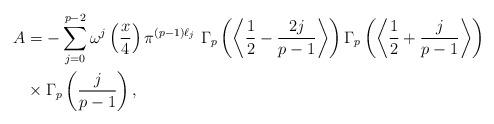
LaTeX: \begin{align*}A&=-\sum_{j=0}^{p-2}\omega^j\left(\frac{x}{4}\right)\pi^{(p-1)\ell_j}~\Gamma_p\left(\left\langle\frac{1}{2}-\frac{2j}{p-1}\right\rangle\right)\Gamma_p\left(\left\langle\frac{1}{2}+\frac{j}{p-1}\right\rangle\right)\\&\times\Gamma_p\left(\frac{j}{p-1}\right),\end{align*}